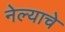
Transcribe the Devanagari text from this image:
नेल्याचे